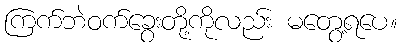
ကြက်ဘဲဝက်ခွေးတို့ကိုလည်း မတွေ့ရပေ။